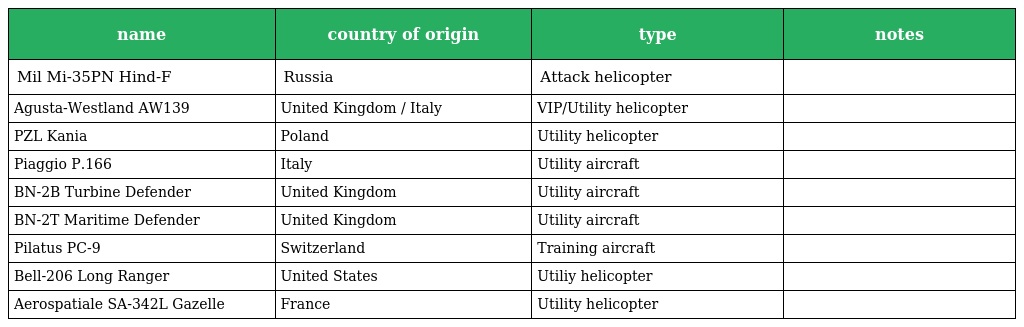
| name | country of origin | type | notes |
 | --- | --- | --- | --- |
 | Mil Mi-35PN Hind-F | Russia | Attack helicopter |  |
 | Agusta-Westland AW139 | United Kingdom / Italy | VIP/Utility helicopter |  |
 | PZL Kania | Poland | Utility helicopter |  |
 | Piaggio P.166 | Italy | Utility aircraft |  |
 | BN-2B Turbine Defender | United Kingdom | Utility aircraft |  |
 | BN-2T Maritime Defender | United Kingdom | Utility aircraft |  |
 | Pilatus PC-9 | Switzerland | Training aircraft |  |
 | Bell-206 Long Ranger | United States | Utiliy helicopter |  |
 | Aerospatiale SA-342L Gazelle | France | Utility helicopter |  |